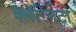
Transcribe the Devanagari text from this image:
क्लॅरिनेटो